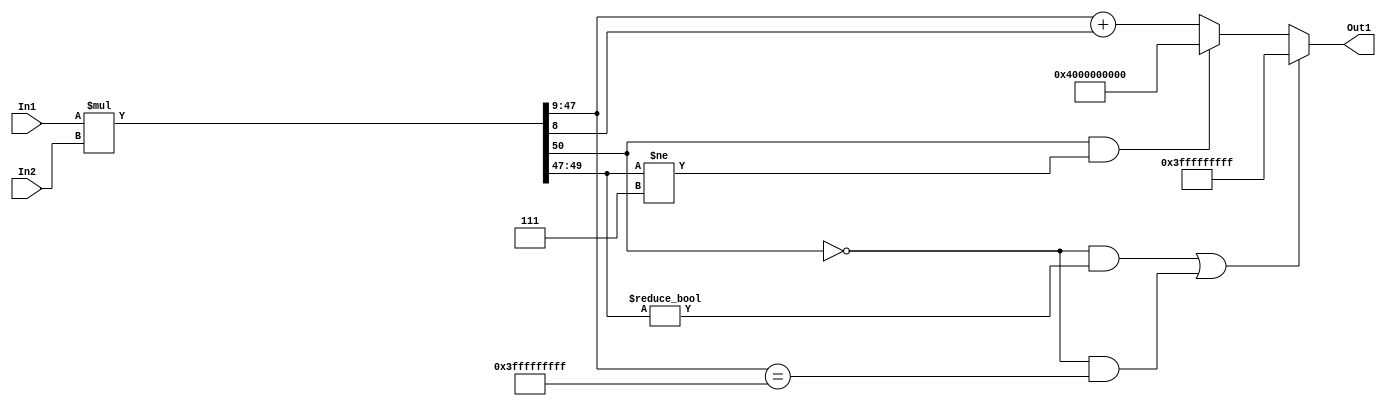
// -------------------------------------------------------------
// 
// 
// Generated by MATLAB 9.14 and HDL Coder 4.1
// 
// -------------------------------------------------------------


// -------------------------------------------------------------
// 
// Module: multa2_block
// Source Path: FP_sub/fp model/IIR_section_2/multa2
// Hierarchy Level: 2
// 
// -------------------------------------------------------------

`timescale 1 ns / 1 ns

module multa2_block
          (In2,
           In1,
           Out1);


  input   signed [14:0] In2;  // sfix15_En11
  input   signed [35:0] In1;  // sfix36_En27
  output  signed [38:0] Out1;  // sfix39_En29


  wire signed [50:0] multa2_mul_temp;  // sfix51_En38
  wire signed [38:0] multa2_out1;  // sfix39_En29


  assign multa2_mul_temp = In1 * In2;
  assign multa2_out1 = (((multa2_mul_temp[50] == 1'b0) && (multa2_mul_temp[49:47] != 3'b000)) || ((multa2_mul_temp[50] == 1'b0) && (multa2_mul_temp[47:9] == 39'sh3FFFFFFFFF)) ? 39'sh3FFFFFFFFF :
              ((multa2_mul_temp[50] == 1'b1) && (multa2_mul_temp[49:47] != 3'b111) ? 39'sh4000000000 :
              multa2_mul_temp[47:9] + $signed({1'b0, multa2_mul_temp[8]})));



  assign Out1 = multa2_out1;

endmodule  // multa2_block